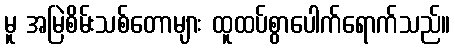
မူ အမြဲစိမ်းသစ်တောများ ထူထပ်စွာပေါက်ရောက်သည်။